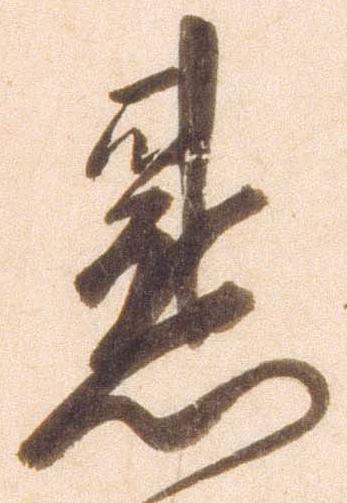
懇